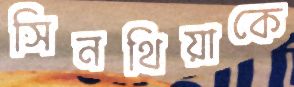
সিনথিয়াকে